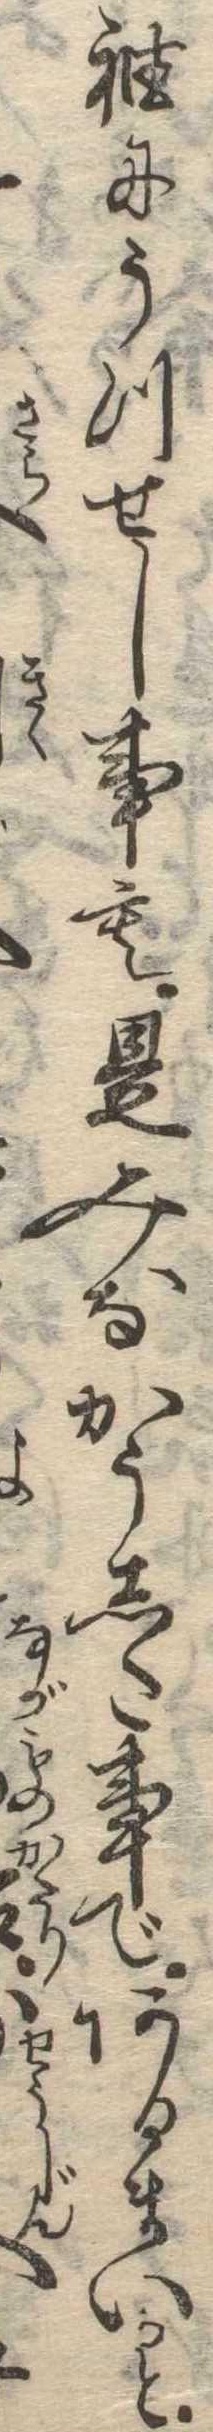
袖にうつせし事も是みなかうした事であるまいかと